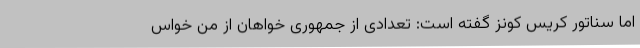
اما سناتور کریس کونز گفته است: تعدادی از جمهوری خواهان از من خواس